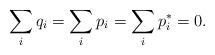
\begin{align*}\sum_{i}q_{i}=\sum_{i}p_{i}=\sum_{i}p_{i}^{*}=0.\end{align*}